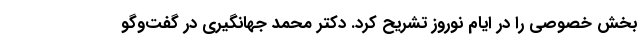
بخش خصوصی را در ایام نوروز تشریح کرد. دکتر محمد جهانگیری در گفت‌وگو